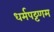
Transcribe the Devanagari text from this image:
धर्मपट्टणम